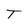
Character: T